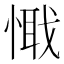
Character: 𢟘